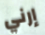
إرني